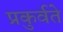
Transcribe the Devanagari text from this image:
प्रकुर्वते